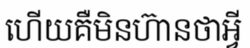
ហើយគឺមិនហ៊ានថាអ្វី